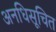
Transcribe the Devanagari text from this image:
अनधिसूचित